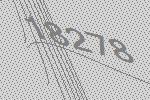
18278